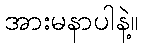
အားမနာပါနဲ့။